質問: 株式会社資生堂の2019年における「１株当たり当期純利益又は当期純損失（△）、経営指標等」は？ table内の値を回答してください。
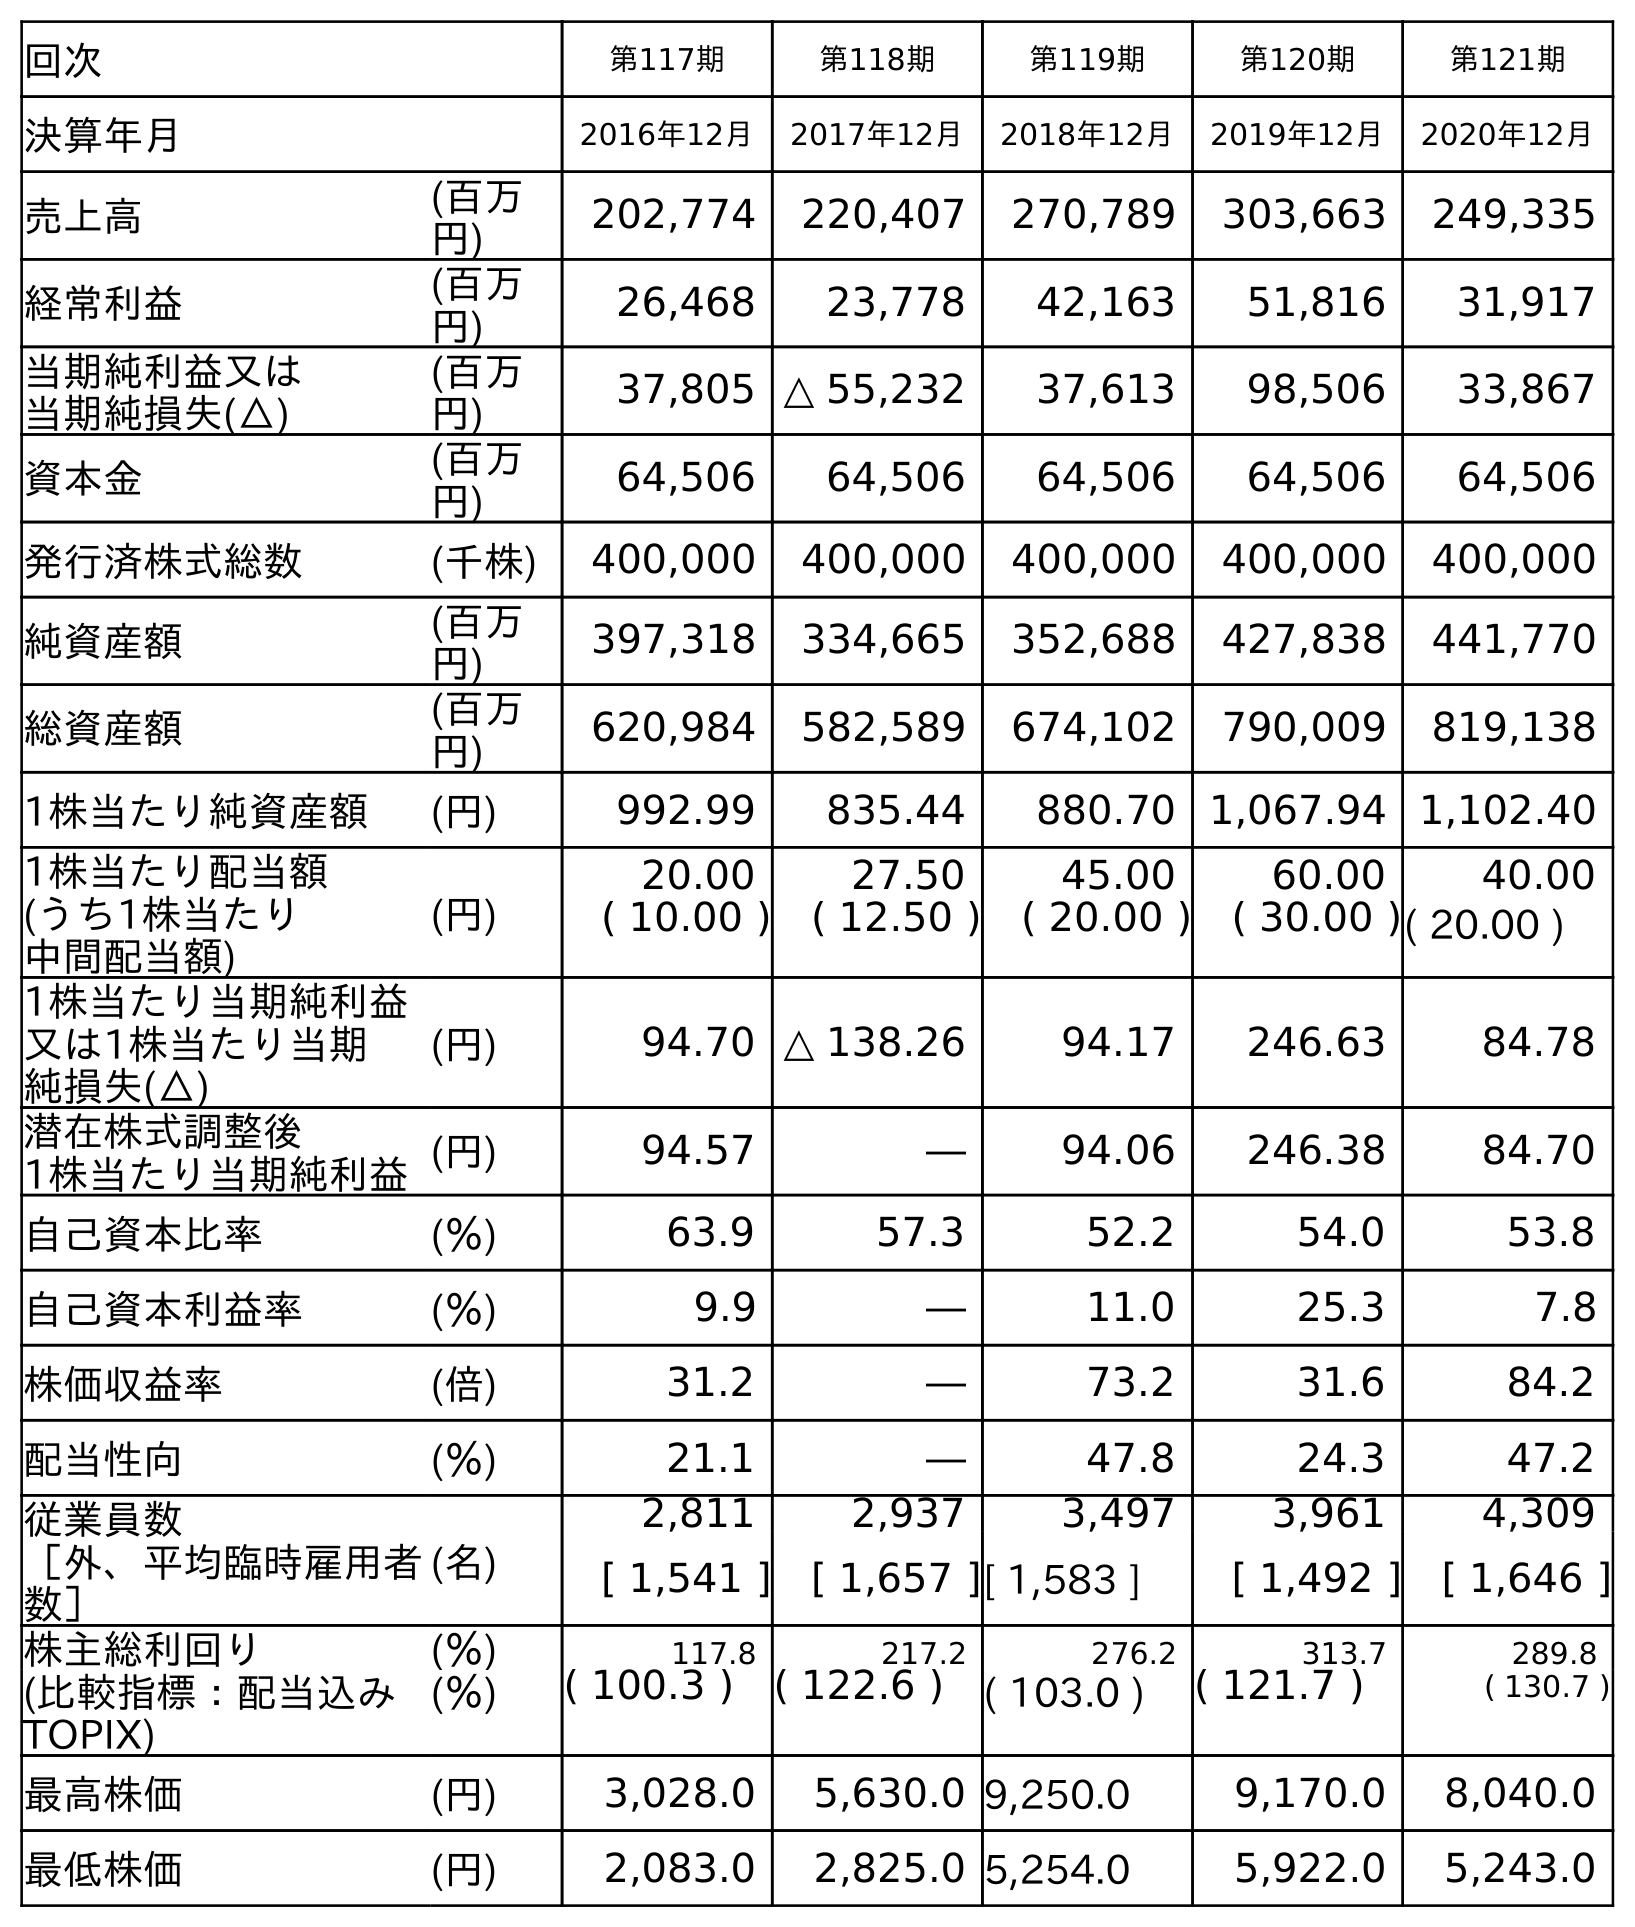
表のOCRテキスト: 回次 第117期 第118期 第119期 第120期 第121期 決算年月 2016年12月 2017年12月 2018年12月 2019年12月 2020年12月 売上高 (百万 円) 202,774 220,407 270,789 303,663 249,335 経常利益 (百万 円) 26,468 23,778 42,163 51,816 31,917 当期純利益又は 当期純損失(△) (百万 円) 37,805 △ 55,232 37,613 98,506 33,867 資本金 (百万 円) 64,506 64,506 64,506 64,506 64,506 発行済株式総数 (千株) 400,000 400,000 400,000 400,000 400,000 純資産額 (百万 円) 397,318 334,665 352,688 427,838 441,770 総資産額 (百万 円) 620,984 582,589 674,102 790,009 819,138 1株当たり純資産額 (円) 992.99 835.44 880.70 1,067.94 1,102.40 1株当たり配当額 (うち1株当たり 中間配当額) (円) 20.00 27.50 45.00 60.00 40.00 ( 10.00 ) ( 12.50 ) ( 20.00 ) ( 30.00 )( 20.00 ) 1株当たり当期純利益 又は1株当たり当期 純損失(△) (円) 94.70 △ 138.26 94.17 246.63 84.78 潜在株式調整後 1株当たり当期純利益(円) 94.57 ― 94.06 246.38 84.70 自己資本比率 (％) 63.9 57.3 52.2 54.0 53.8 自己資本利益率 (％) 9.9 ― 11.0 25.3 7.8 株価収益率 (倍) 31.2 ― 73.2 31.6 84.2 配当性向 (％) 21.1 ― 47.8 24.3 47.2 従業員数 ［外、平均臨時雇用者 数］ (名) 2,811 2,937 3,497 3,961 4,309 [ 1,541 ] [ 1,657 ][ 1,583 ] [ 1,492 ] [ 1,646 ] 株主総利回り (％) 117.8 217.2 276.2 313.7 289.8 (比較指標：配当込み TOPIX) (％) ( 100.3 ) ( 122.6 ) ( 103.0 ) ( 121.7 ) ( 130.7 ) 最高株価 (円) 3,028.0 5,630.0 9,250.0 9,170.0 8,040.0 最低株価 (円) 2,083.0 2,825.0 5,254.0 5,922.0 5,243.0
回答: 246.63